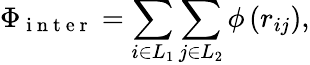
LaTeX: \Phi_{\mathrm{~i~n~t~e~r~}}=\sum_{i\in L_{1}}\sum_{j\in L_{2}}\phi\left(r_{ij}\right),